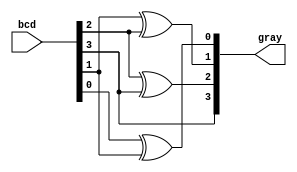
module bcdtogray(bcd, gray);
	input [0:3]bcd;
	output [0:3]gray;
	
	buf n1(gray[0], bcd[0]);
	xor n2(gray[1], bcd[1], bcd[0]);
	xor n3(gray[2], bcd[2], bcd[1]);
	xor n4(gray[3], bcd[3], bcd[2]);
endmodule

module testbench;
	wire [0:3]gray;
	reg [0:3]bcd;
	bcdtogray fn(bcd, gray);
		initial
			begin
				$monitor(,$time," %b || %b",bcd,gray);
				#0 bcd = 4'd0;
				#5 bcd = 4'd1;
				#5 bcd = 4'd2;
				#5 bcd = 4'd3;
				#5 bcd = 4'd4;
				
				#5 bcd = 4'd5;
				#5 bcd = 4'd6;
				#5 bcd = 4'd7;
				#5 bcd = 4'd8;
				#5 bcd = 4'd9;
				#5 $finish;
			end
	
		initial 
			begin
				$dumpfile("test.vcd");
				$dumpvars();
			end
endmodule